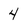
Character: 4